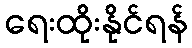
ရေးထိုးနိုင်ရန်